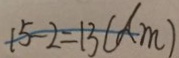
1 5 - 2 = 1 3 ( d m )